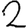
Digit: 2